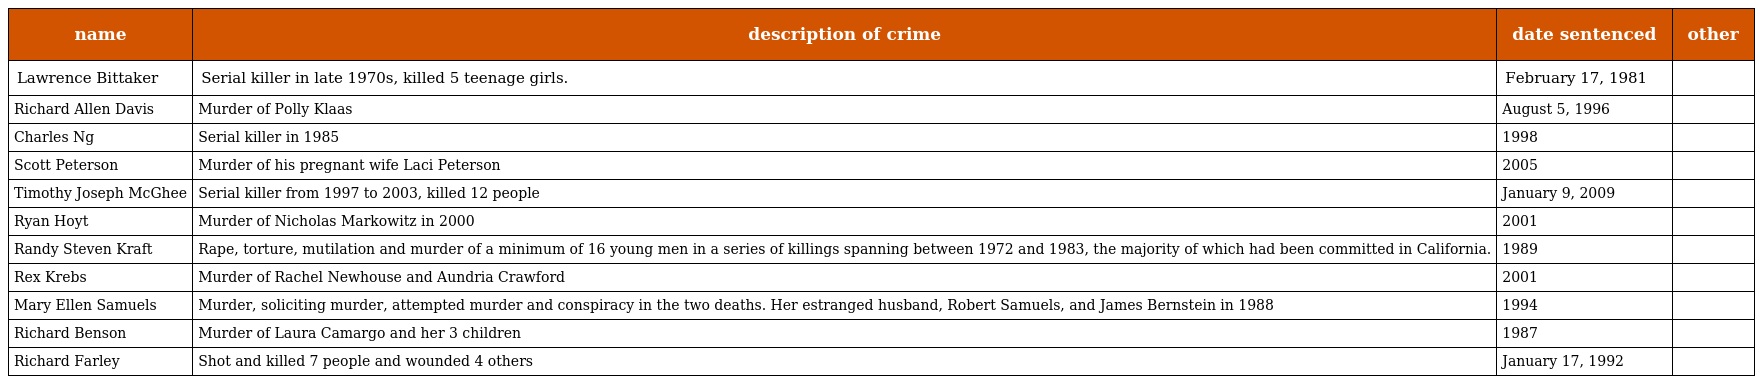
| name | description of crime | date sentenced | other |
 | --- | --- | --- | --- |
 | Lawrence Bittaker | Serial killer in late 1970s, killed 5 teenage girls. | February 17, 1981 |  |
 | Richard Allen Davis | Murder of Polly Klaas | August 5, 1996 |  |
 | Charles Ng | Serial killer in 1985 | 1998 |  |
 | Scott Peterson | Murder of his pregnant wife Laci Peterson | 2005 |  |
 | Timothy Joseph McGhee | Serial killer from 1997 to 2003, killed 12 people | January 9, 2009 |  |
 | Ryan Hoyt | Murder of Nicholas Markowitz in 2000 | 2001 |  |
 | Randy Steven Kraft | Rape, torture, mutilation and murder of a minimum of 16 young men in a series of killings spanning between 1972 and 1983, the majority of which had been committed in California. | 1989 |  |
 | Rex Krebs | Murder of Rachel Newhouse and Aundria Crawford | 2001 |  |
 | Mary Ellen Samuels | Murder, soliciting murder, attempted murder and conspiracy in the two deaths. Her estranged husband, Robert Samuels, and James Bernstein in 1988 | 1994 |  |
 | Richard Benson | Murder of Laura Camargo and her 3 children | 1987 |  |
 | Richard Farley | Shot and killed 7 people and wounded 4 others | January 17, 1992 |  |